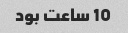
10 ساعت بود